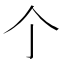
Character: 𠆤